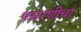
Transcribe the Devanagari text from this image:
पसरणीचा